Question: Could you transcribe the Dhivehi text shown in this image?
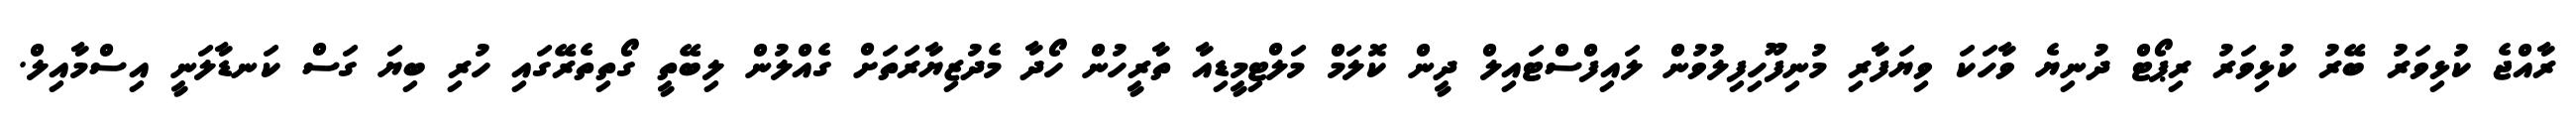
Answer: ރާއްޖެ ކުޅިވަރު ބޭރު ކުޅިވަރު ރިޕޯޓް ދުނިޔެ ވާހަކަ ވިޔަފާރި މުނިފޫހިފިލުވުން ލައިފްސްޓައިލް ދީން ކޮލަމް މަލްޓިމީޑިއާ ތާރީހުން ހޯދާ މެދުޒިޔާރަތަށް ގެއްލުން ލިބޭތީ ގޯތިތެރޭގައި ހުރި ބިޔަ ގަސް ކަނޑާލަނީ އިސްމާއިލް.